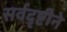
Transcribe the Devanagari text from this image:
सर्वदृष्टीने